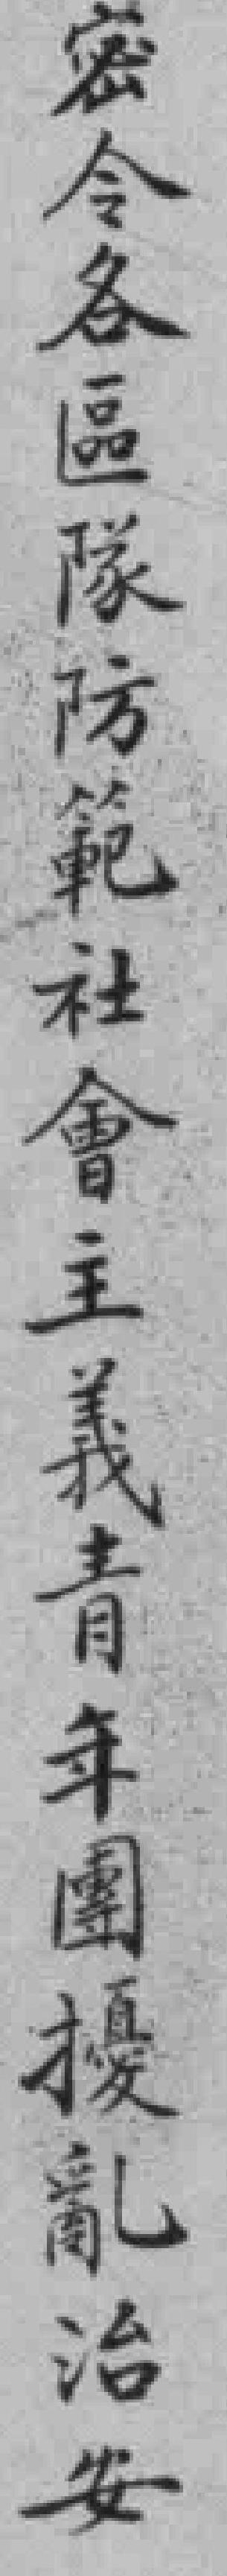
密令各區隊防範社會主義青年團擾亂治安